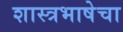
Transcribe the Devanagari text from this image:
शास्त्रभाषेचा